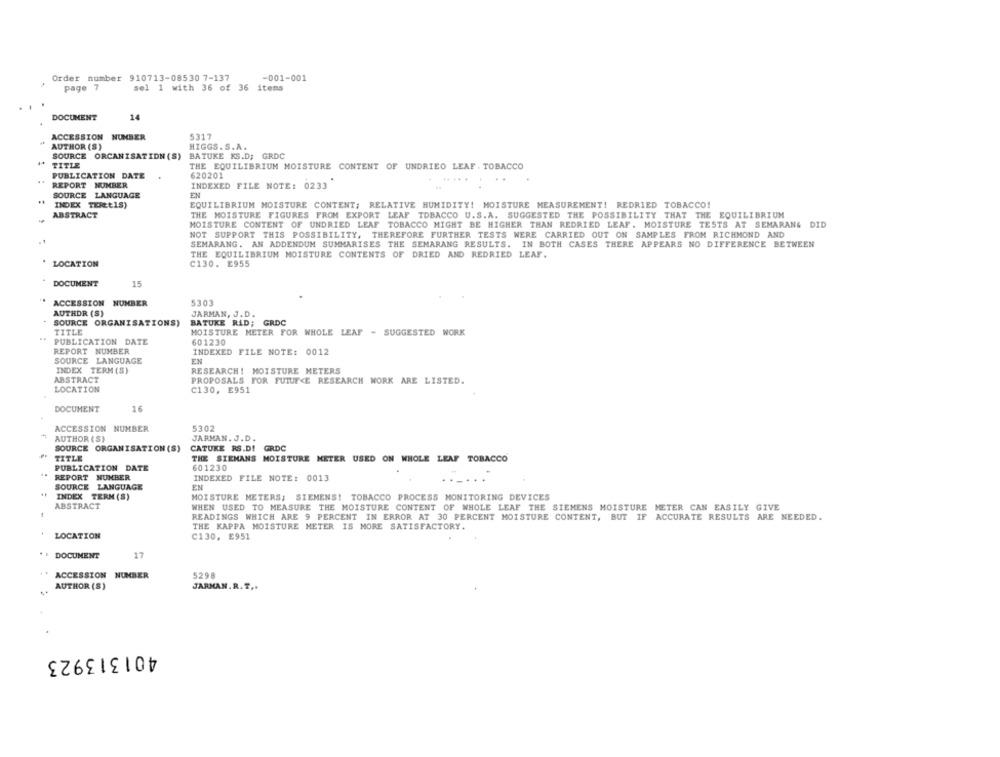
Order number 910713-08530 7-137
-001-001
page 7
sel 1 with 36 of 36 items
DOCUMENT
14
ACCESSION NUMBER
5317
AUTHOR (S)
HIGGS. S.A.
SOURCE ORCANISATIDN (S) BATUKE KS.D; GRDC
TITLE
THE EQUILIBRIUM MOISTURE CONTENT OF UNDRIEO LEAF, TOBACCO
PUBLICATION DATE
620201
. .
REPORT NUMBER
INDEXED FILE NOTE: 0233
SOURCE LANGUAGE
EN
INDEX TEEt1S)
EQUILIBRIUM MOISTURE CONTENT; RELATIVE HUMIDITY! MOISTURE MEASUREMENT! REDRIED TOBACCO!
ABSTRACT
THE MOISTURE FIGURES FROM EXPORT LEAF TOBACCO U.S.A. SUGGESTED THE POSSIBILITY THAT THE EQUILIBRIUM
MOISTURE CONTENT OF UNDRIED LEAF TOBACCO MIGHT BE HIGHER THAN REDRIED LEAF. MOISTURE TESTS AT SEMARANG DID
NOT SUPPORT THIS POSSIBILITY, THEREFORE FURTHER TESTS WERE CARRIED OUT ON SAMPLES FROM RICHMOND AND
SEMARANG. AN ADDENDUM SUMMARISES THE SEMARANG RESULTS. IN BOTH CASES THERE APPEARS NO DIFFERENCE BETWEEN
THE EQUILIBRIUM MOISTURE CONTENTS OF DRIED AND REDRIED LEAF.
LOCATION
C130. E955
DOCUMENT
15
ACCESSION NUMBER
5303
AUTHOR (S)
JARMAN, J. D.
SOURCE ORGANISATIONS)
BATUKE RID; GRDC
TITLE
MOISTURE METER FOR WHOLE LEAF - SUGGESTED WORK
..
PUBLICATION DATE
601230
REPORT NUMBER
INDEXED FILE NOTE: 0012
SOURCE LANGUAGE
EN
INDEX TERM (S)
RESEARCH! MOISTURE METERS
ABSTRACT
PROPOSALS FOR FUTURE RESEARCH WORK ARE LISTED.
LOCATION
C130, E951
DOCUMENT
16
ACCESSION NUMBER
5302
AUTHOR (S)
JARMAN. J.D.
SOURCE ORGANISATION (S)
CATUKE RS.D! GRDC
TITLE
THE SIEMANS MOISTURE METER USED ON WHOLE LEAF TOBACCO
PUBLICATION DATE
601230
REPORT NUMBER
INDEXED FILE NOTE: 0013
SOURCE LANGUAGE
..
EN
INDEX TERM (S)
MOISTURE METERS; SIEMENS! TOBACCO PROCESS MONITORING DEVICES
ABSTRACT
WHEN USED TO MEASURE THE MOISTURE CONTENT OF WHOLE LEAF THE SIEMENS MOISTURE METER CAN EASILY GIVE
READINGS WHICH ARE 9 PERCENT IN ERROR AT 30 PERCENT MOISTURE CONTENT, BUT IF ACCURATE RESULTS ARE NEEDED.
THE KAPPA MOISTURE METER IS MORE SATISFACTORY.
LOCATION
C130, E951
+ : DOCUMENT
17
ACCESSION NUMBER
5298
AUTHOR (S)
JARMAN. R. T ..
401313923